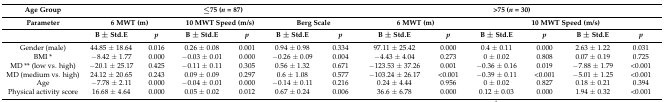
| Age Group | <COLSPAN=6> ≤75 (n = 87) | <COLSPAN=6> >75 (n = 30) |
 | Parameter | <COLSPAN=2> 6 MWT (m) | <COLSPAN=2> 10 MWT Speed (m/s) | <COLSPAN=2> Berg Scale | <COLSPAN=2> 6 MWT (m) | <COLSPAN=4> 10 MWT Speed (m/s) |
 |  | B ± Std.E | p | B ± Std.E | p | B ± Std.E | p | B ± Std.E | p | B ± Std.E | p | B ± Std.E | p |
 | --- | --- | --- | --- | --- | --- | --- | --- | --- | --- | --- | --- | --- |
 | Gender (male) | 44.85 ± 18.64 | 0.016 | 0.26 ± 0.08 | 0.001 | 0.94 ± 0.98 | 0.334 | 97.11 ± 25.42 | 0.000 | 0.4 ± 0.11 | 0.000 | 2.63 ± 1.22 | 0.031 |
 | BMI * | −8.42 ± 1.77 | 0.000 | −0.03 ± 0.01 | 0.000 | −0.26 ± 0.09 | 0.004 | −4.43 ± 4.04 | 0.273 | 0 ± 0.02 | 0.808 | 0.07 ± 0.19 | 0.725 |
 | MD ** (low vs. high) | −20.1 ± 25.17 | 0.425 | −0.11 ± 0.11 | 0.305 | 0.56 ± 1.32 | 0.671 | −123.53 ± 37.26 | 0.001 | −0.36 ± 0.16 | 0.019 | −7.88 ± 1.79 | <0.001 |
 | MD (medium vs. high) | 24.12 ± 20.65 | 0.243 | 0.09 ± 0.09 | 0.297 | 0.6 ± 1.08 | 0.577 | −103.24 ± 26.17 | <0.001 | −0.39 ± 0.11 | <0.001 | −5.01 ± 1.25 | <0.001 |
 | Age | −7.78 ± 2.11 | 0.000 | −0.04 ± 0.01 | 0.000 | −0.14 ± 0.11 | 0.216 | 0.24 ± 4.44 | 0.956 | 0 ± 0.02 | 0.827 | 0.18 ± 0.21 | 0.394 |
 | Physical activity score | 16.68 ± 4.64 | 0.000 | 0.05 ± 0.02 | 0.012 | 0.67 ± 0.24 | 0.006 | 36.6 ± 6.78 | 0.000 | 0.12 ± 0.03 | 0.000 | 1.94 ± 0.32 | <0.001 |